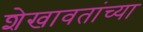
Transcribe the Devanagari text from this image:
शेखावतांच्या